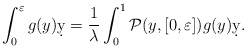
\begin{align*} \int_0^\varepsilon g(y)\d y = \frac{1}{\lambda} \int_0^1 \mathcal P(y,[0,\varepsilon]) g(y) \d y.\end{align*}